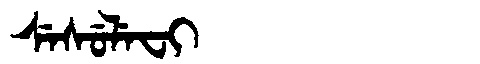
Manchu: ᠰᡝᠰᡠᠯᡝᠸᡳ
Romanization: SESULEFI